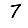
Digit: 7